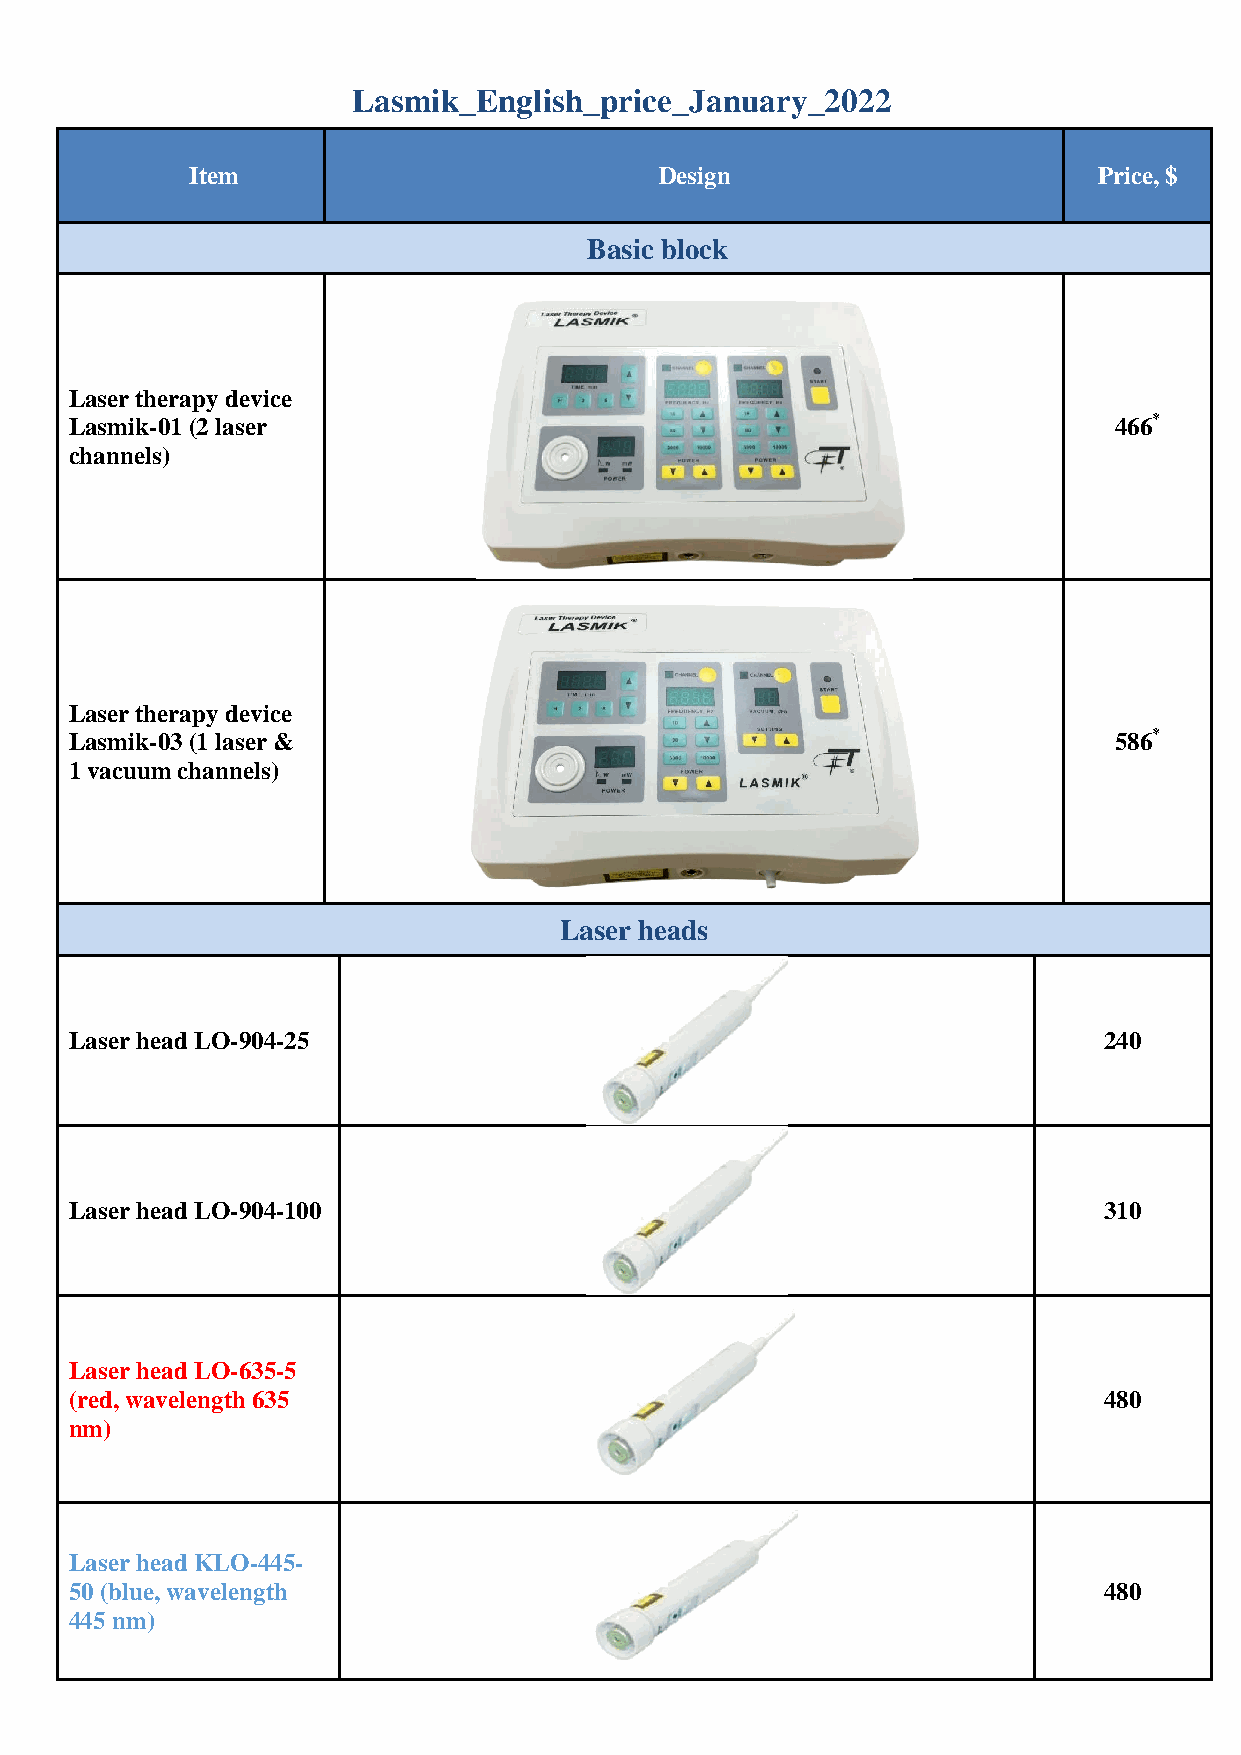
Lasmik_English_price_January_2022
 Item                           Design                       Price, $
 Basic block
 Laser therapy device
 Lasmik-01 (2 laser                                                   466*
 channels)
 Laser therapy device
 Lasmik-03 (1 laser &                                                 586*
 1 vacuum channels)
 Laser heads
 Laser head LО-904-25                                                240
 Laser head LО-904-100                                               310
 Laser head LО-635-5
 (red, wavelength 635                                                480
 nm)
 Laser head KLО-445-
 50 (blue, wavelength                                                480
 445 nm)